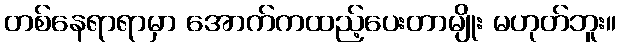
တစ်နေရာရာမှာ အောက်ကထည့်ပေးတာမျိုး မဟုတ်ဘူး။